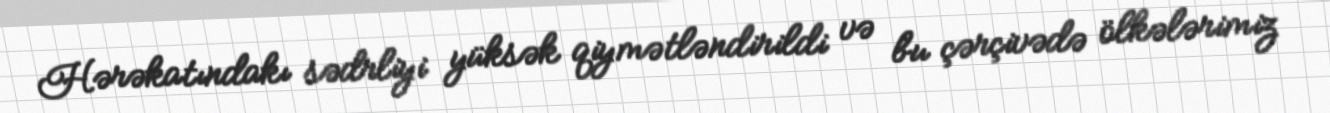
Hərəkatındakı sədrliyi yüksək qiymətləndirildi və bu çərçivədə ölkələrimiz